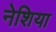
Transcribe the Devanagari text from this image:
नेशिया